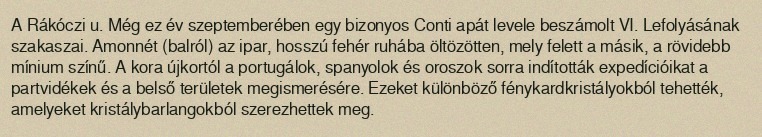
A Rákóczi u. Még ez év szeptemberében egy bizonyos Conti apát levele beszámolt VI. Lefolyásának szakaszai. Amonnét (balról) az ipar, hosszú fehér ruhába öltözötten, mely felett a másik, a rövidebb mínium színű. A kora újkortól a portugálok, spanyolok és oroszok sorra indították expedícióikat a partvidékek és a belső területek megismerésére. Ezeket különböző fénykardkristályokból tehették, amelyeket kristálybarlangokból szerezhettek meg.